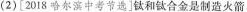
(2)[20！8哈尔滨中考节选]钛和钛合金是制造火箭、